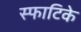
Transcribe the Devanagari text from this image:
स्फाटिके